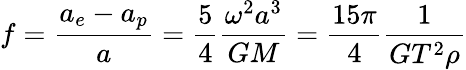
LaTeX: f={\frac{a_{e}-a_{p}}{a}}={\frac{5}{4}}{\frac{\omega^{2}a^{3}}{GM}}={\frac{15\pi}{4}}{\frac{1}{GT^{2}\rho}}